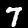
Digit: 7